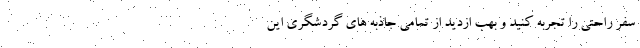
سفر راحتی را تجربه کنید و بهب ازدید از تمامی جاذبه های گردشگری این